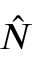
\hat { N }